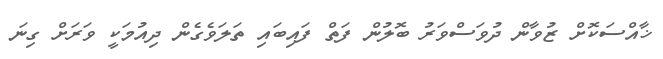
ޚާއްސަކޮށް ޒުވާން ދުވަސްވަރު ބޮލުން ފަތް ފައިބައި ތަލަވެގެން ދިއުމަކީ ވަރަށް ގިނަ